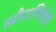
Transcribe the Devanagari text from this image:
स्त्रीजाणिवेची